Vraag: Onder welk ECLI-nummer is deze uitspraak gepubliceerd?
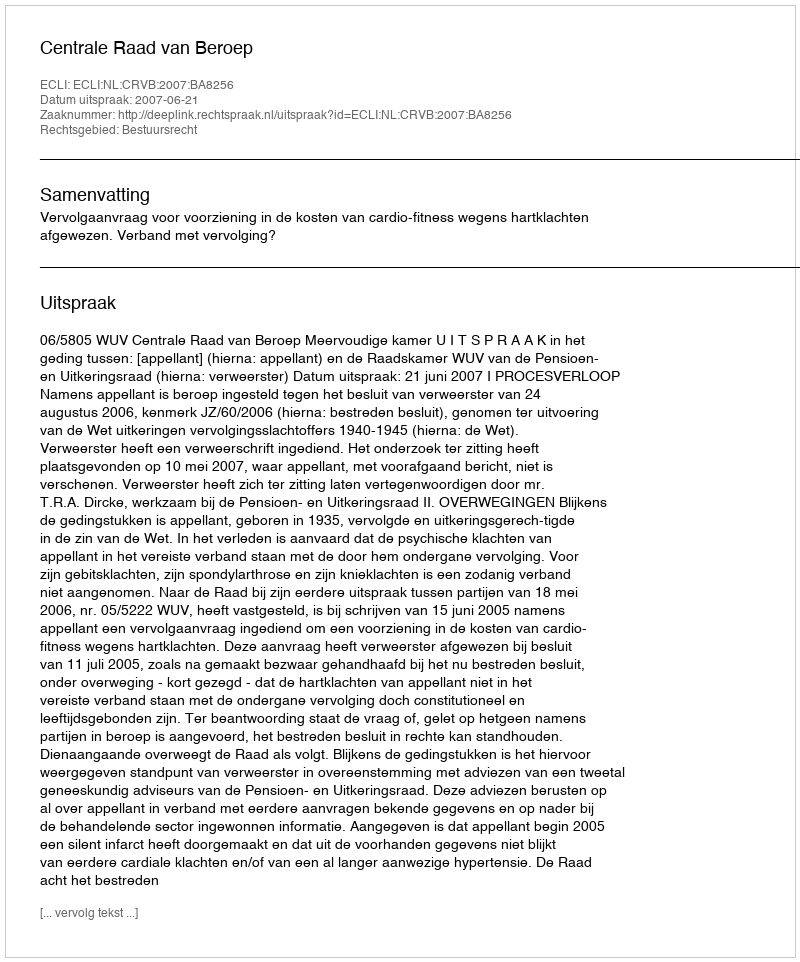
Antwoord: ECLI:NL:CRVB:2007:BA8256